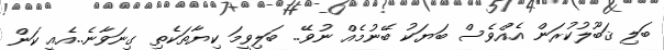
ބަލި ޤަބޫލުކުރަން އެއްވެސް ބަޔަކު ބޭނުމެއް ނުވޭ.. ބަލިވީމަ ކިޔާތަކެތި ގިނަވާނެ..އެއީ ކަން